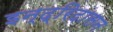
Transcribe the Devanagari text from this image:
इन्द्रिदासन